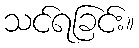
သင်ရခြင်း။